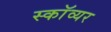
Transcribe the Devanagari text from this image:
स्काॅव्यर